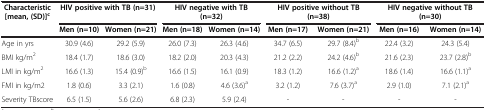
| Characteristic [mean, (SD)]c | <COLSPAN=2> HIV positive with TB (n=31) | <COLSPAN=2> HIV negative with TB (n=32) | <COLSPAN=2> HIV positive without TB (n=38) | <COLSPAN=2> HIV negative without TB (n=30) |
 |  | Men (n=10) | Women (n=21) | Men (n=18) | Women (n=14) | Men (n=17) | Women (n=21) | Men (n=16) | Women (n=14) |
 | --- | --- | --- | --- | --- | --- | --- | --- | --- |
 | Age in yrs | 30.9 (4.6) | 29.2 (5.9) | 26.0 (7.3) | 26.3 (4.6) | 34.7 (6.5) | 29.7 (8.4)b | 22.4 (3.2) | 24.3 (5.4) |
 | BMI kg/m2 | 18.4 (1.7) | 18.6 (3.0) | 18.2 (2.0) | 20.3 (4.3) | 21.2 (2.2) | 24.2 (4.6)b | 21.6 (2.3) | 23.7 (2.8)b |
 | LMI in kg/m2 | 16.6 (1.3) | 15.4 (0.9)b | 16.6 (1.5) | 16.1 (0.9) | 18.3 (1.2) | 16.6 (1.2)a | 18.6 (1.4) | 16.6 (1.1)a |
 | FMI in kg/m2 | 1.8 (0.6) | 3.3 (2.1) | 1.6 (0.8) | 4.6 (3.6)a | 3.2 (1.2) | 7.6 (3.7)a | 2.9 (1.0) | 7.1 (2.1)a |
 | Severity TBscore | 6.5 (1.5) | 5.6 (2.6) | 6.8 (2.3) | 5.9 (2.4) | - | - | - | - |